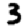
Digit: 3